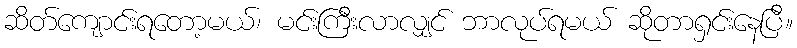
ဆိတ်ကျောင်းရတော့မယ်၊ မင်းကြီးလာလျှင် ဘာလုပ်ရမယ် ဆိုတာရှင်းနေပြီ။